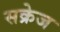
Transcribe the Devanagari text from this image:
सक्रेज